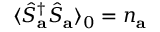
\langle \hat { S } _ { \mathbf { a } } ^ { \dagger } \hat { S } _ { \mathbf { a } } \rangle _ { 0 } = n _ { \mathbf { a } }